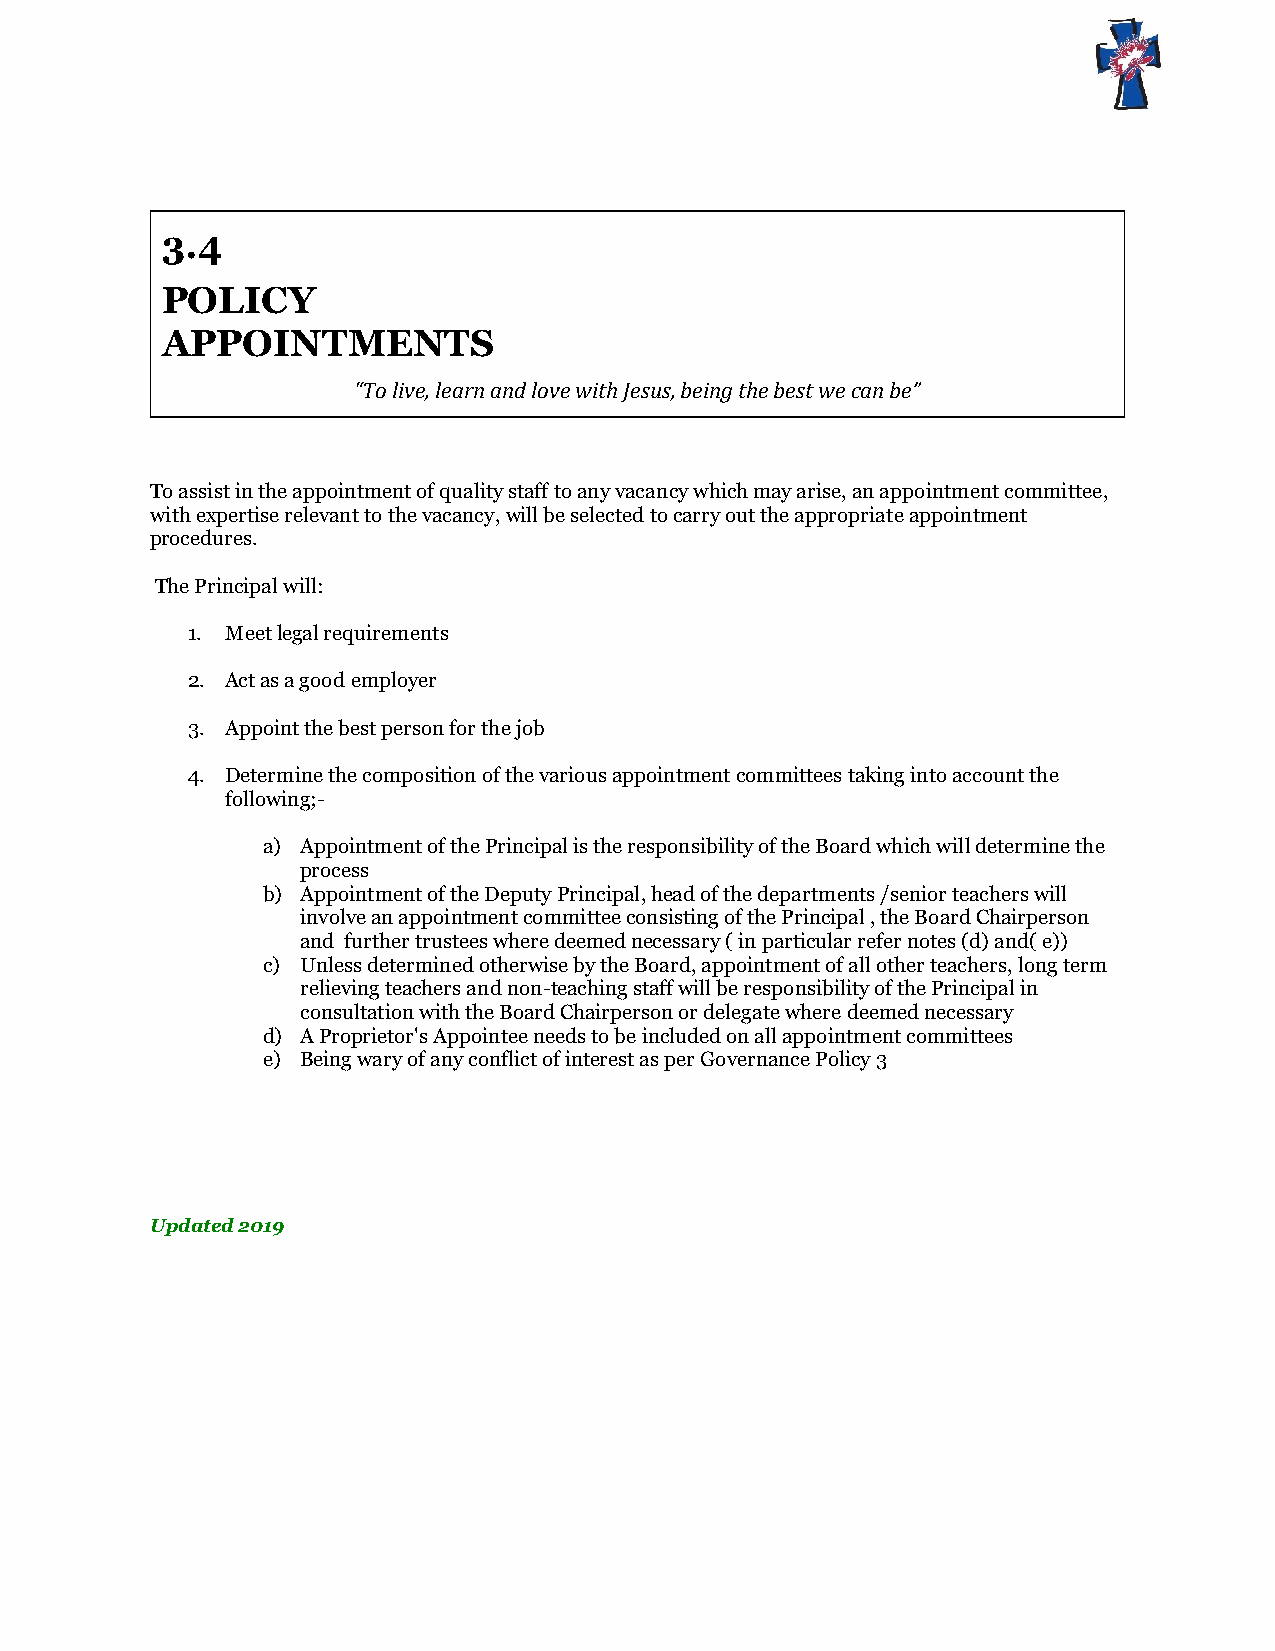
3.4
 POLICY
 APPOINTMENTS
 “To live, learn and love with Jesus, being the best we can be”
 To assist in the appointment of quality staff to any vacancy which may arise, an appointment committee,
 with expertise relevant to the vacancy, will be selected to carry out the appropriate appointment
 procedures.
 The Principal will:
 1. Meet legal requirements
 2. Act as a good employer
 3. Appoint the best person for the job
 4. Determine the composition of the various appointment committees taking into account the
 following;-
 a) Appointment of the Principal is the responsibility of the Board which will determine the
 process
 b) Appointment of the Deputy Principal, head of the departments /senior teachers will
 involve an appointment committee consisting of the Principal , the Board Chairperson
 and further trustees where deemed necessary ( in particular refer notes (d) and( e))
 c) Unless determined otherwise by the Board, appointment of all other teachers, long term
 relieving teachers and non-teaching staff will be responsibility of the Principal in
 consultation with the Board Chairperson or delegate where deemed necessary
 d) A Proprietor's Appointee needs to be included on all appointment committees
 e) Being wary of any conflict of interest as per Governance Policy 3
 Updated 2019